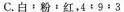
C.白：粉﹔红；4：9：3